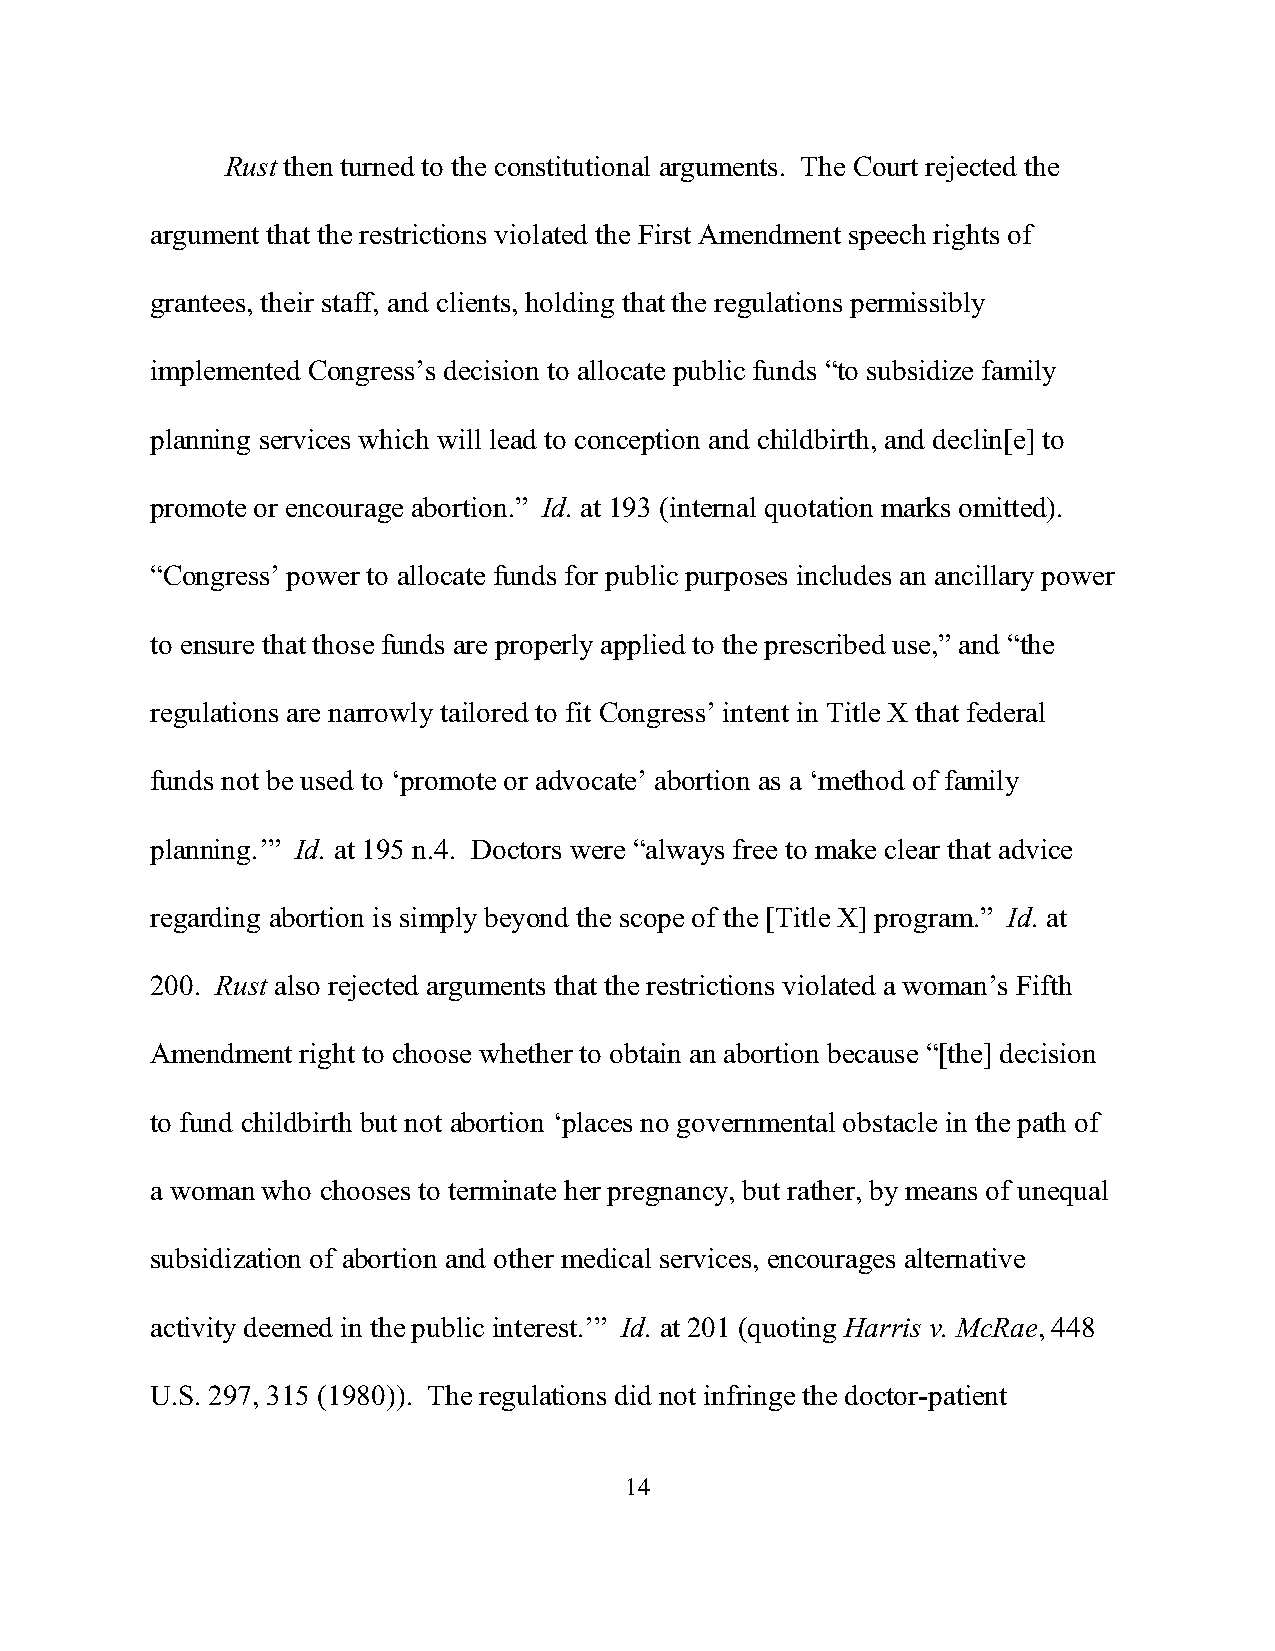
Rust then turned to the constitutional arguments. The Court rejected the
 argument that the restrictions violated the First Amendment speech rights of
 grantees, their staff, and clients, holding that the regulations permissibly
 implemented Congress’s decision to allocate public funds “to subsidize family
 planning services which will lead to conception and childbirth, and declin[e] to
 promote or encourage abortion.” Id. at 193 (internal quotation marks omitted).
 “Congress’ power to allocate funds for public purposes includes an ancillary power
 to ensure that those funds are properly applied to the prescribed use,” and “the
 regulations are narrowly tailored to fit Congress’ intent in Title X that federal
 funds not be used to ‘promote or advocate’ abortion as a ‘method of family
 planning.’” Id. at 195 n.4. Doctors were “always free to make clear that advice
 regarding abortion is simply beyond the scope of the [Title X] program.” Id. at
 200. Rust also rejected arguments that the restrictions violated a woman’s Fifth
 Amendment right to choose whether to obtain an abortion because “[the] decision
 to fund childbirth but not abortion ‘places no governmental obstacle in the path of
 a woman who chooses to terminate her pregnancy, but rather, by means of unequal
 subsidization of abortion and other medical services, encourages alternative
 activity deemed in the public interest.’” Id. at 201 (quoting Harris v. McRae, 448
 U.S. 297, 315 (1980)). The regulations did not infringe the doctor-patient
 14